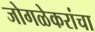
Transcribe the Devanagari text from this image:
जोगळेकरांचा